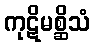
ကုဋိမစ္ဆိသံ